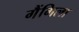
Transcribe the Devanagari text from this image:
गैंगिला